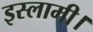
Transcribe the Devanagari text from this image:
इस्लामी।